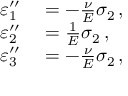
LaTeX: \begin{array} { r l } { \varepsilon _ { 1 } ^ { \prime \prime } } & { { } = - { \frac { \nu } { E } } \sigma _ { 2 } \, , } \\ { \varepsilon _ { 2 } ^ { \prime \prime } } & { { } = { \frac { 1 } { E } } \sigma _ { 2 } \, , } \\ { \varepsilon _ { 3 } ^ { \prime \prime } } & { { } = - { \frac { \nu } { E } } \sigma _ { 2 } \, , } \end{array}